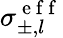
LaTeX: \sigma_{\pm,l}^{\mathrm{~e~f~f~}}